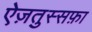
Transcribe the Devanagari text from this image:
ऐज़तुस्सफ़ा